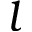
l